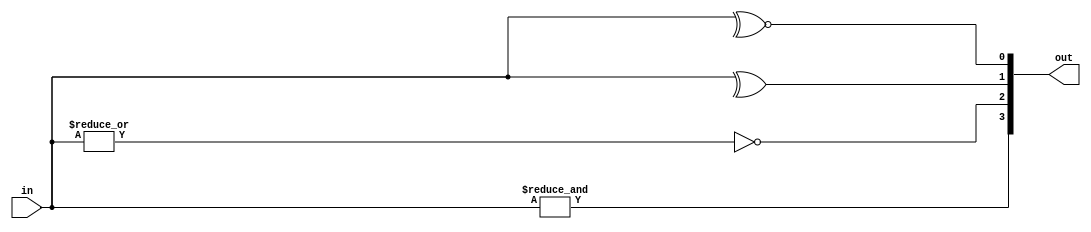
`timescale 1ns / 1ps

module two_bit_reduction_operator(out, in);
    output [3:0]out;
    input [1:0]in;
    
    assign out[0] = ~^in;
    assign out[1] = ^in;
    assign out[2] = ~|in;
    assign out[3] = &in;
endmodule